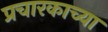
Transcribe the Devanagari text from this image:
प्रचारकाच्या